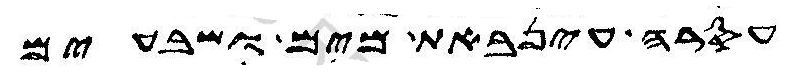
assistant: עסר עינבאת מים ושבעים